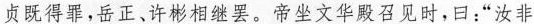
贞既得罪，岳正、许彬相继罢，帝坐文华殿召见时，曰：”汝非